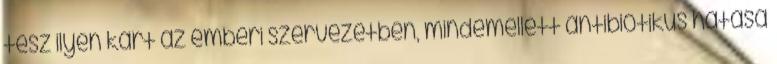
tesz ilyen kárt az emberi szervezetben, mindemellett antibiotikus hatása